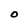
Character: O